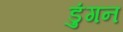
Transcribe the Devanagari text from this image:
डुंगन